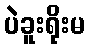
ပဲခူးရိုးမ